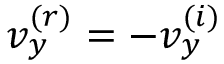
v _ { y } ^ { ( r ) } = - v _ { y } ^ { ( i ) }